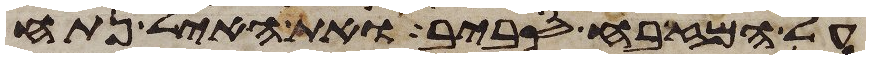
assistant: על המזבח סביב ואת האיל נתח